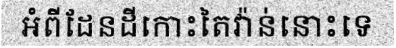
អំពីដែនដីកោះតៃវ៉ាន់នោះទេ